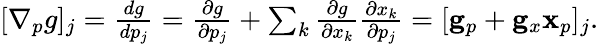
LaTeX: \begin{array}{r}{[\nabla_{p}g]_{j}=\frac{dg}{dp_{j}}=\frac{\partial g}{\partial p_{j}}+\sum_{k}\frac{\partial g}{\partial x_{k}}\frac{\partial x_{k}}{\partial p_{j}}=[\mathbf{g}_{p}+\mathbf{g}_{x}\mathbf{x}_{p}]_{j}.}\end{array}